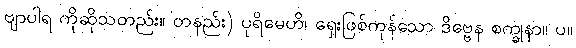
ဗျာပါရ ကိုဆိုသတည်း။ တနည်း) ပုရိမေဟိ၊ ရှေးဖြစ်ကုန်သော ဒိဗ္ဗေန စက္ခုနာ။ ပ။